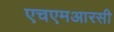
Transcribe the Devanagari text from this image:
एचएमआरसी